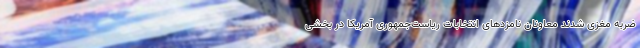
ضربه مغزی شدند معاونان نامزدهای انتخابات ریاست‌جمهوری آمریکا در بخشی